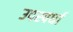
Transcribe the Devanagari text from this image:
उपस्पर्धा